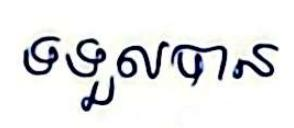
ទទួលបាន